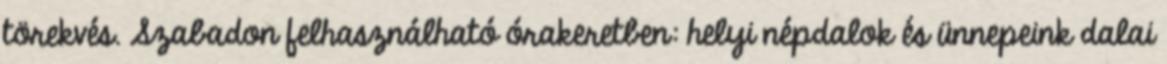
törekvés. Szabadon felhasználható órakeretben: helyi népdalok és ünnepeink dalai